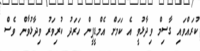
ކުރައްވައި ގާސިމް ވިދާޅުވީ އެ ކަމަށް އެމްޑީޕީން ހަރަދު ކުރިވަރު ވިދާޅުވާން ވެސް